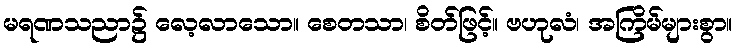
မရဏသညာ၌ လေ့လာသော။ စေတသာ၊ စိတ်ဖြင့်။ ဗဟုလံ၊ အကြိမ်များစွာ။